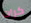
كرات